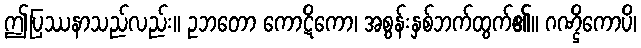
ဤပြဿနာသည်လည်း။ ဥဘတော ကောဋိကော၊ အစွန်းနှစ်ဘက်ထွက်၏။ ဂဏ္ဌိကောပိ၊